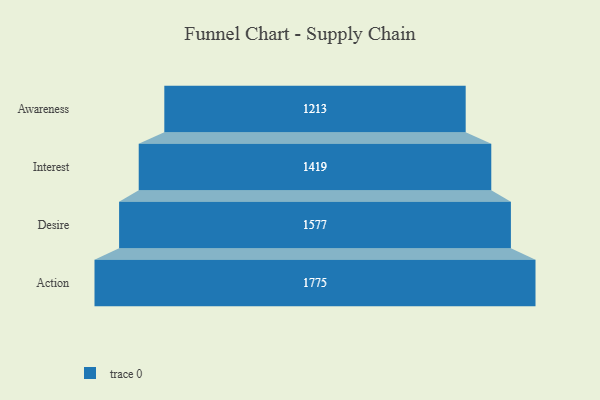
{"axis": {"x": "Stage", "y": "Value"}, "legend": [""], "data": [{"x": "Awareness", "y": 1213.0, "type": ""}, {"x": "Interest", "y": 1419.0, "type": ""}, {"x": "Desire", "y": 1577.0, "type": ""}, {"x": "Action", "y": 1775.0, "type": ""}]}